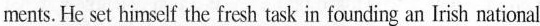
ments. He sct himsclf the fresh task in founding an Irisb national